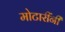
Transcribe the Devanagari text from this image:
मोटारींनी